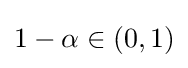
1-\alpha \in (0,1)